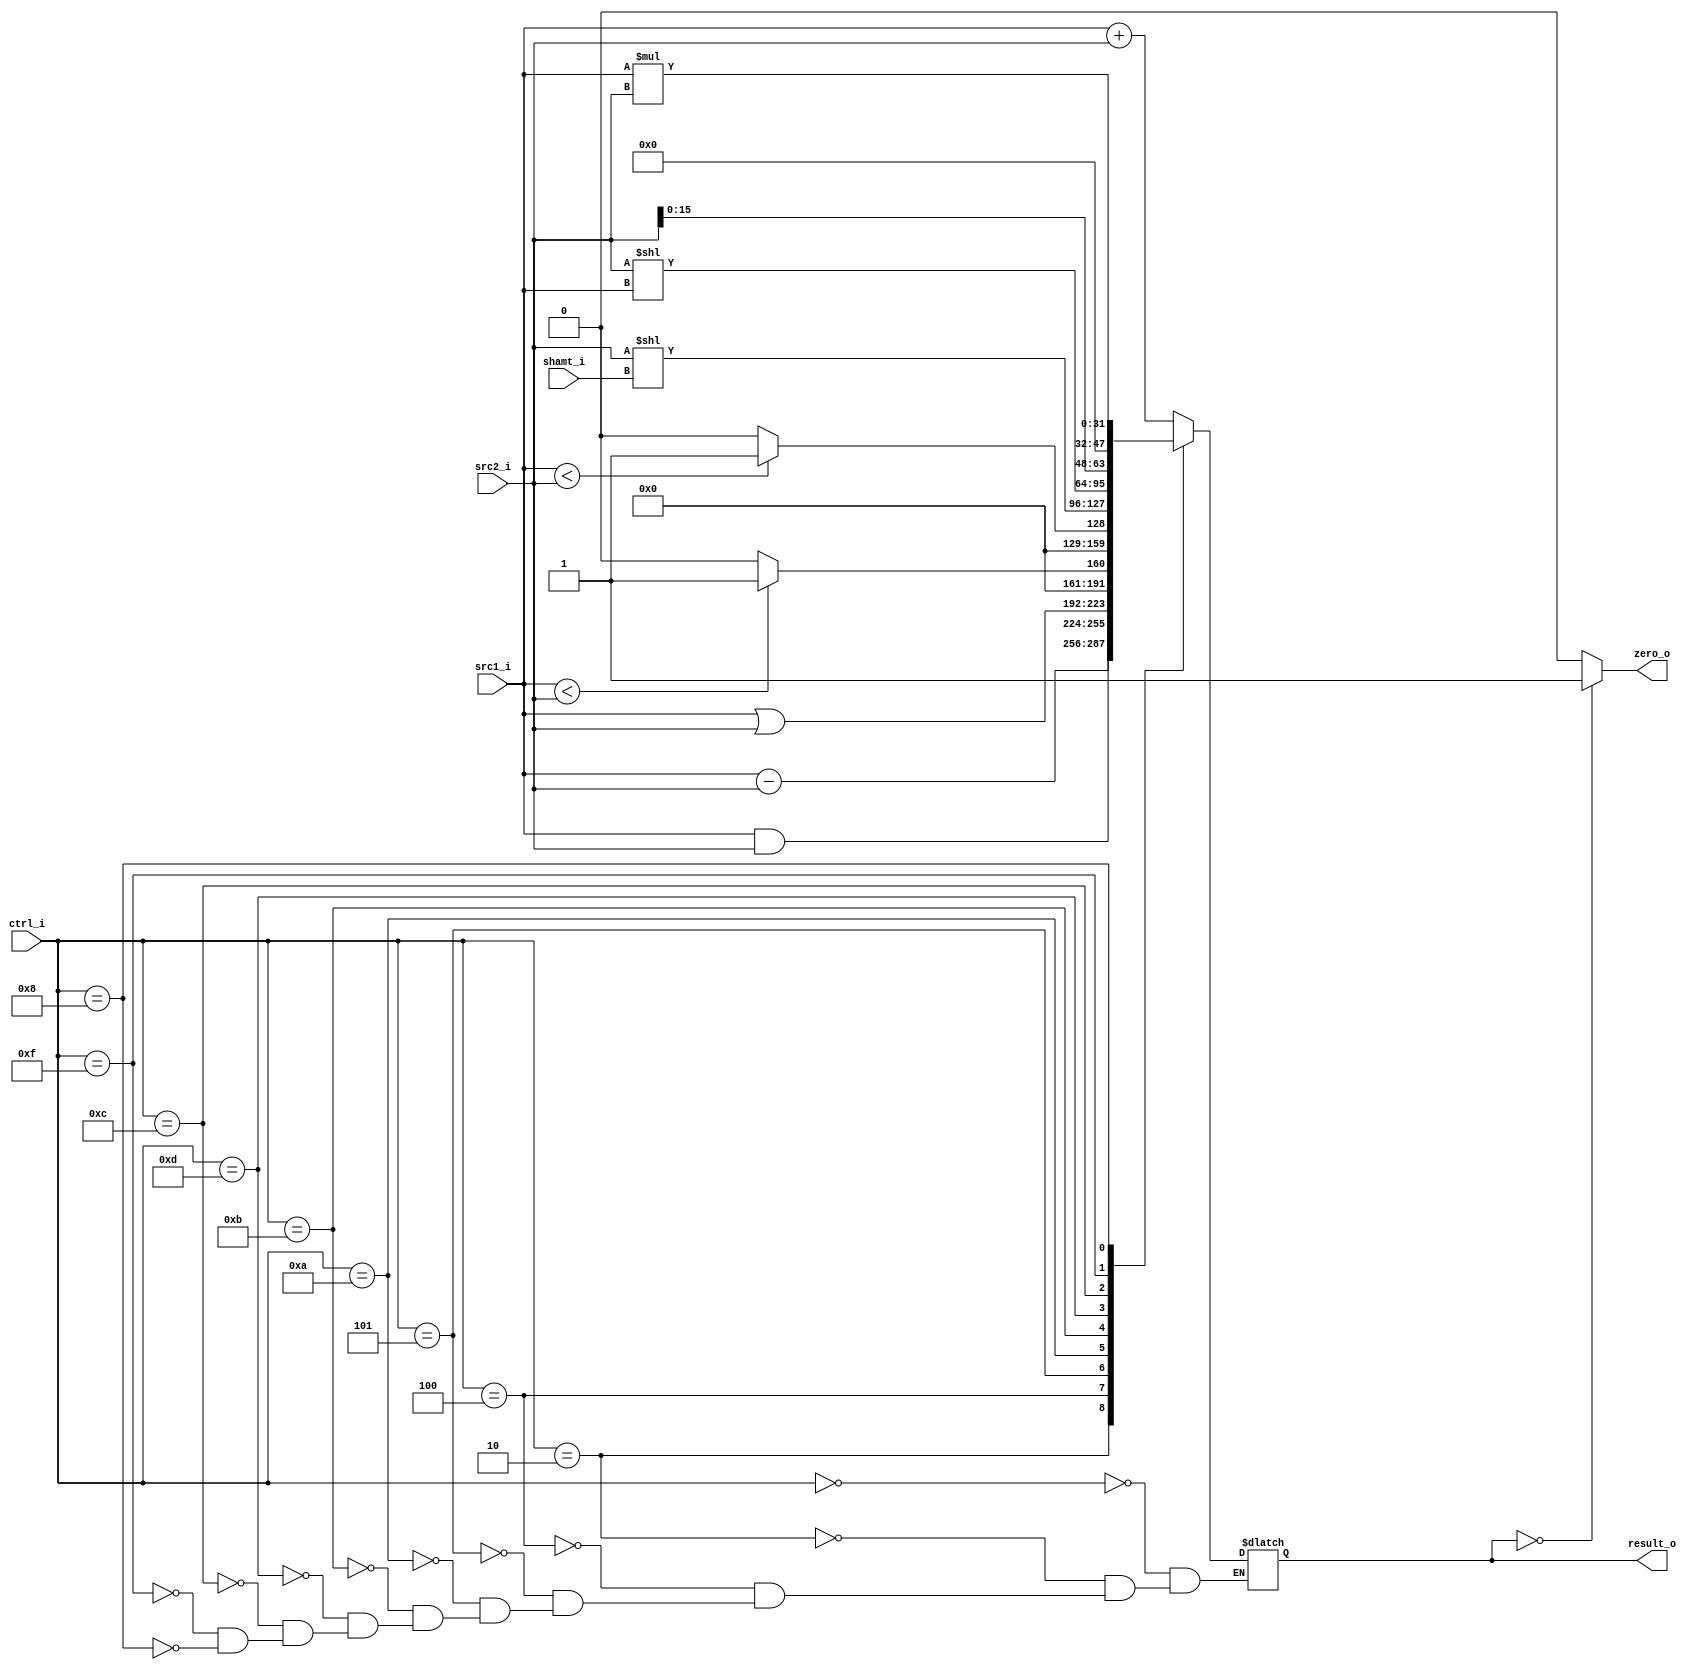
//Subject:     CO project 3 - ALU
//--------------------------------------------------------------------------------
//Version:     1
//--------------------------------------------------------------------------------
//Writer:      0416038 _0416326 t 
//----------------------------------------------
//Date:        
//----------------------------------------------
//Description: 
//--------------------------------------------------------------------------------

module ALU(
   src1_i,
	src2_i,
	shamt_i,
	ctrl_i,
	result_o,
	zero_o
	);
     
//I/O ports
input  [32-1:0]  src1_i;
input  [32-1:0]  src2_i;
input  [5-1:0]   shamt_i;
input  [4-1:0]   ctrl_i;

output [32-1:0]  result_o;
output           zero_o;

//Internal signals
reg       [32-1:0] result_o;
wire               zero_o;

reg  signed [31:0] result;
wire signed [31:0] signed1;
wire signed [31:0] signed2;

//Parameter
parameter ADD  = 4'b0000;
parameter SUB  = 4'b0010;
parameter AND  = 4'b0100;
parameter OR   = 4'b0101;
parameter SLT  = 4'b1010;
parameter SLTU = 4'b1011;
parameter SLL  = 4'b1101;
parameter SLLV = 4'b1100;
parameter LUI  = 4'b1111;
parameter MUL  = 4'b1000;

//Main function
assign signed1 = src1_i;
assign signed2 = src2_i;

assign zero_o = (result_o == 0) ? 1 : 0;
always@(*) begin
	result_o <= result[31:0];
	case(ctrl_i)
		ADD:  result <= signed1 +  signed2;
		SUB:  result <= signed1 -  signed2;
		AND:  result <= src1_i &  src2_i;
		OR :  result <= src1_i |  src2_i;
		SLT:  result <= (signed1 < signed2) ? 32'd1 : 32'd0;
		SLTU: result <= (src1_i < src2_i) ? 32'd1 : 32'd0;
		SLL:  result <= src2_i << shamt_i;
		SLLV: result <= src2_i << src1_i;
		LUI:  result <= src2_i << 16;
		MUL:  result <= signed1 *  signed2;
	endcase
end

endmodule